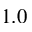
1 . 0